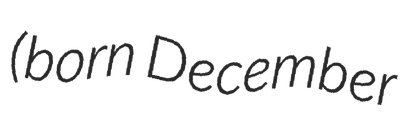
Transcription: (born December